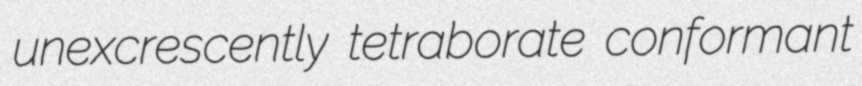
unexcrescently tetraborate conformant